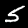
Label: 5